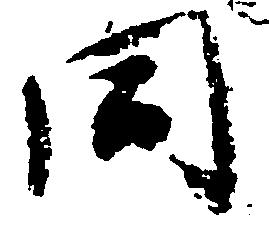
同